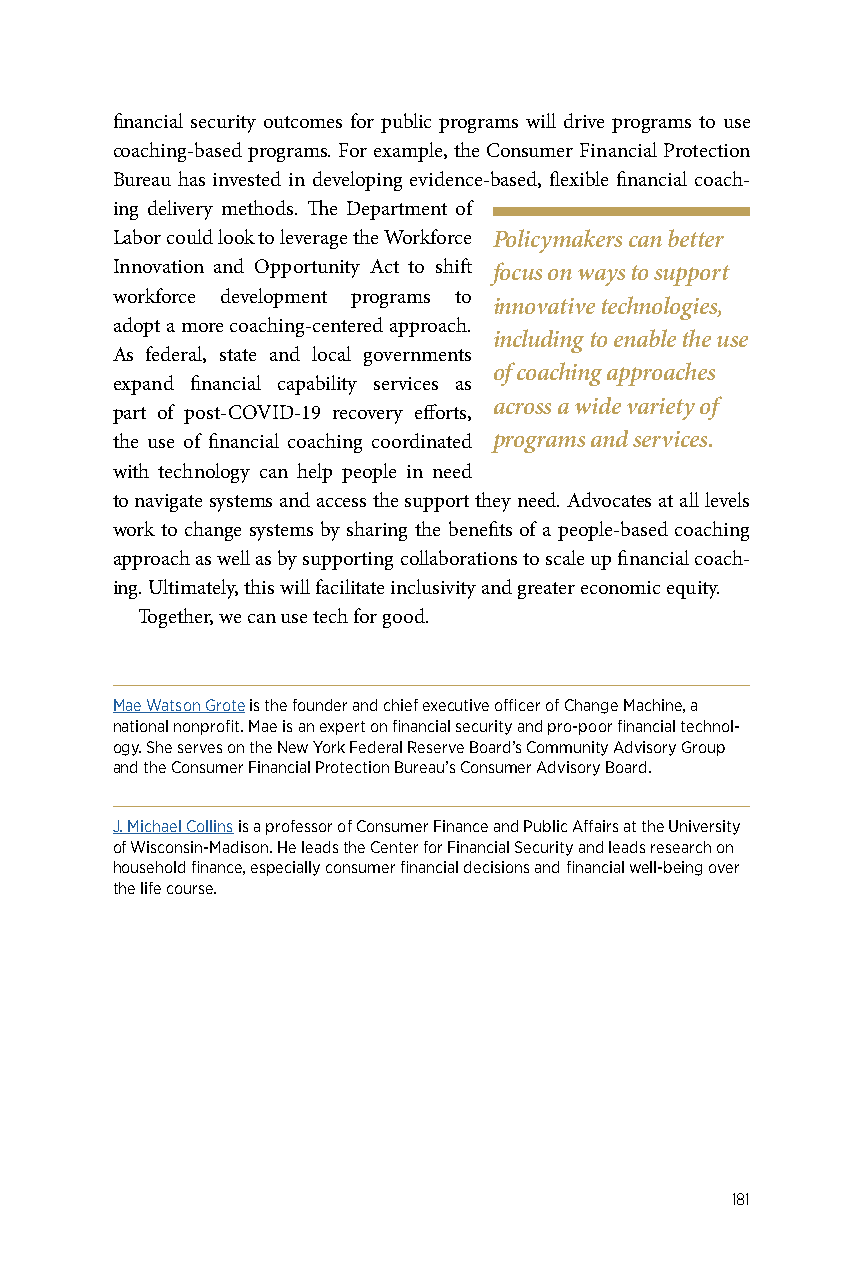
financial security outcomes for public programs will drive programs to use
 coaching-based programs. For example, the Consumer Financial Protection
 Bureau has invested in developing evidence-based, flexible financial coach-
 ing delivery methods. The Department of
 Labor could look to leverage the Workforce Policymakers can better
 Innovation and Opportunity Act to shift focus on ways to support
 workforce development programs to
 innovative technologies,
 adopt a more coaching-centered approach.
 including to enable the use
 As federal, state and local governments
 of coaching approaches
 expand financial capability services as
 across a wide variety of
 part of post-COVID-19 recovery efforts,
 the use of financial coaching coordinated programs and services.
 with technology can help people in need
 to navigate systems and access the support they need. Advocates at all levels
 work to change systems by sharing the benefits of a people-based coaching
 approach as well as by supporting collaborations to scale up financial coach-
 ing. Ultimately, this will facilitate inclusivity and greater economic equity.
 Together, we can use tech for good.
 Mae Watson Grote is the founder and chief executive officer of Change Machine, a
 national nonprofit. Mae is an expert on financial security and pro-poor financial technol-
 ogy. She serves on the New York Federal Reserve Board’s Community Advisory Group
 and the Consumer Financial Protection Bureau’s Consumer Advisory Board.
 J. Michael Collins is a professor of Consumer Finance and Public Affairs at the University
 of Wisconsin-Madison. He leads the Center for Financial Security and leads research on
 household finance, especially consumer financial decisions and financial well-being over
 the life course.
 181